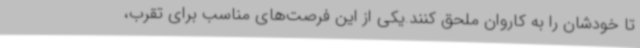
تا خودشان را به کاروان ملحق کنند.یکی از این فرصت‌های مناسب برای تقرب،